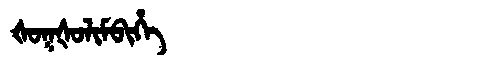
Manchu: ᡧᠣᡴᡧᠣᠯᡳᠮᠪᡳᡥᡝ
Romanization: ŠOKŠOLIMBIHE